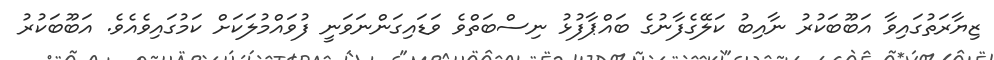
ޒިޔާރަތުގައިވާ އަބޫބަކުރު ނާއިބު ކަލޭގެފާނުގެ ބައްޕާފުޅު ނިސްބަތްވެ ވަޑައިގަންނަވަނީ ފުވައްމުލަކަށް ކަމުގައިވެއެވެ. އަބޫބަކުރު